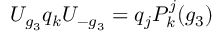
U _ { g _ { 3 } } q _ { k } U _ { - g _ { 3 } } = q _ { j } P _ { k } ^ { j } ( g _ { 3 } )